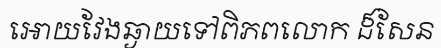
អោយវែងឆ្ងាយទៅពិភពលោក ដ៏សែន